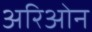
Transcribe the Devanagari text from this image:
अरिओन